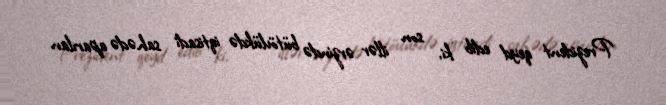
Prezident qeyd edib ki, son illər ərzində bütövlükdə iqtisadi sahədə aparılan